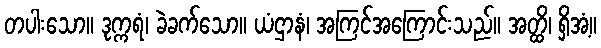
တပါးသော။ ဒုက္ကရံ၊ ခဲခက်သော။ ယံဌာနံ၊ အကြင်အကြောင်းသည်။ အတ္ထိ၊ ရှိအံ့။